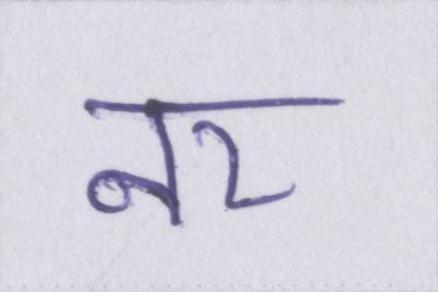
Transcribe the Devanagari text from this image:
नर